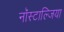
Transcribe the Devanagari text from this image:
नॉस्टाल्जिया